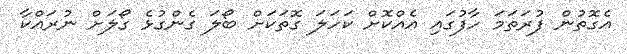
އެގޮތުން ފުރަތަމަ ހާފުގައި އެއްކޮށް ކަހަލަ ގޮތަކަށް ބޯލަ ގެންގުޅެ ގޯލަށް ނުރައްކާ